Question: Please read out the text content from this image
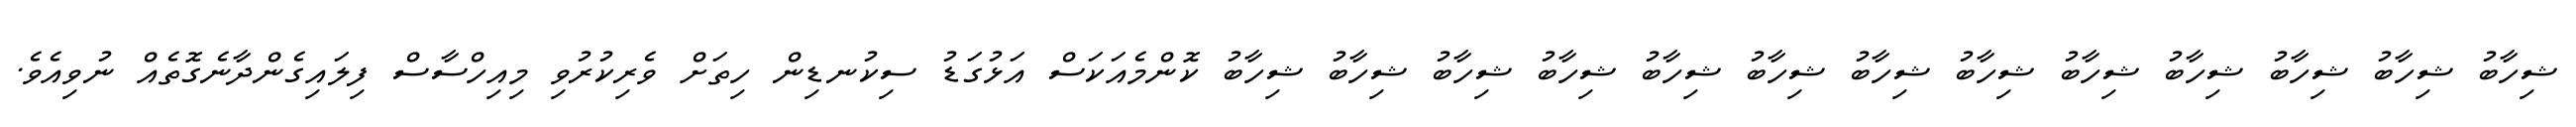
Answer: ޝިހާބު ޝިހާބު ޝިހާބު ޝިހާބު ޝިހާބު ޝިހާބު ޝިހާބު ޝިހާބު ޝިހާބު ޝިހާބު ޝިހާބު ޝިހާބު ޝިހާބު ކޮންމެއަކަސް އަޅުގަޑު ސިކުނޑިން ހިތަށް ވެރިކުރުވި މިއިހްސާސް ފިލައިގެންދާނެގޮތެއް ނުވިއެވެ.